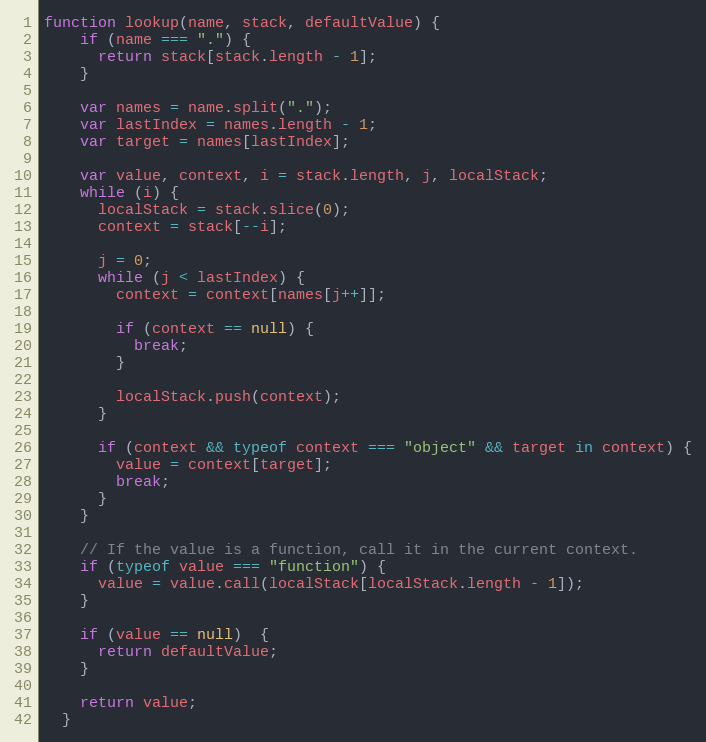
Language: JavaScript
function lookup(name, stack, defaultValue) {
    if (name === ".") {
      return stack[stack.length - 1];
    }

    var names = name.split(".");
    var lastIndex = names.length - 1;
    var target = names[lastIndex];

    var value, context, i = stack.length, j, localStack;
    while (i) {
      localStack = stack.slice(0);
      context = stack[--i];

      j = 0;
      while (j < lastIndex) {
        context = context[names[j++]];

        if (context == null) {
          break;
        }

        localStack.push(context);
      }

      if (context && typeof context === "object" && target in context) {
        value = context[target];
        break;
      }
    }

    // If the value is a function, call it in the current context.
    if (typeof value === "function") {
      value = value.call(localStack[localStack.length - 1]);
    }

    if (value == null)  {
      return defaultValue;
    }

    return value;
  }